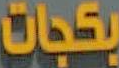
بكجات